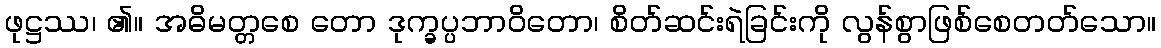
ဖုဋ္ဌဿ၊ ၏။ အဓိမတ္တစေ တော ဒုက္ခပ္ပဘာဝိတော၊ စိတ်ဆင်းရဲခြင်းကို လွန်စွာဖြစ်စေတတ်သော။